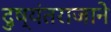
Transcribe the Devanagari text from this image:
दुष्यंतराजाने